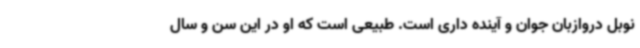
نوبل دروازبان جوان و آینده داری است. طبیعی است که او در این سن و سال